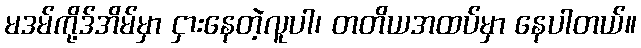
မဒမ်ကို့ဒ်အိမ်မှာ ငှားနေတဲ့လူပါ၊ တတိယအထပ်မှာ နေပါတယ်။